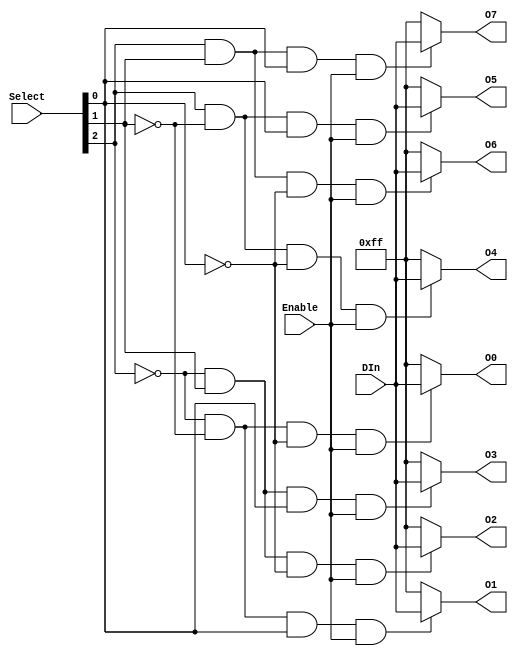
`default_nettype none

// --------------------------------------------------------------------------
// Standard combinational Demux
// A09 will only use a 1bit Demux for selecting a register within the
// Register-File.
// --------------------------------------------------------------------------

module Demux
#(
    parameter DataWidth = 8)
(
   input wire [2:0] Select,        // 3bit Select code
   input wire Enable,
   input wire [DataWidth-1:0] DIn,  // Data input
   output wire [DataWidth-1:0] O0,  // Output
   output wire [DataWidth-1:0] O1,  // Output
   output wire [DataWidth-1:0] O2,  // Output
   output wire [DataWidth-1:0] O3,  // Output
   output wire [DataWidth-1:0] O4,  // Output
   output wire [DataWidth-1:0] O5,  // Output
   output wire [DataWidth-1:0] O6,  // Output
   output wire [DataWidth-1:0] O7   // Output
);
    assign O0 = (~Select[2] & ~Select[1] & ~Select[0]) & Enable ? DIn : {DataWidth{1'b1}};
    assign O1 = (~Select[2] & ~Select[1] & Select[0]) & Enable ? DIn : {DataWidth{1'b1}};
    assign O2 = (~Select[2] & Select[1]  & ~Select[0]) & Enable ? DIn : {DataWidth{1'b1}};
    assign O3 = (~Select[2] & Select[1]  & Select[0]) & Enable ? DIn : {DataWidth{1'b1}};
    assign O4 = (Select[2]  & ~Select[1] & ~Select[0]) & Enable ? DIn : {DataWidth{1'b1}};
    assign O5 = (Select[2]  & ~Select[1] & Select[0]) & Enable ? DIn : {DataWidth{1'b1}};
    assign O6 = (Select[2]  & Select[1]  & ~Select[0]) & Enable ? DIn : {DataWidth{1'b1}};
    assign O7 = (Select[2]  & Select[1]  & Select[0]) & Enable ? DIn : {DataWidth{1'b1}};
endmodule

// An always block example
// module Demux(
//    input wire [1:0] Select,        // 3bit Select code
//    input wire DIn, // Data input
//    output reg Oa,  // Output
//    output reg Ob  // Output
// );
//     always @(Select, DIn) begin
//         case (Select)
//         2'b00 : begin
//             Oa = DIn;
//             Ob = 0;
//         end
//         2'b01 : begin
//             Oa = 0;
//             Ob = DIn;
//         end
//         default: begin
//             Oa = 0;
//             Ob = 0;               
//         end
//         endcase
//     end
// endmodule